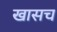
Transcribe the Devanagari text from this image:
खासच